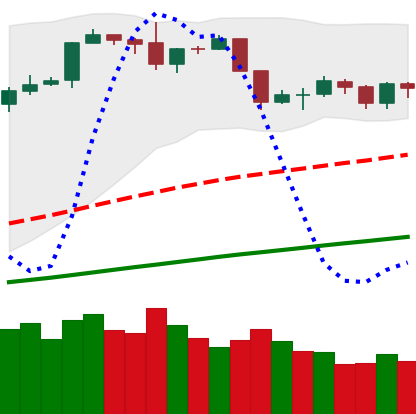
Ticker: BTC-USD
Chart end date: 2019-06-11
Forward return: 13.456%
Label: up_7plus